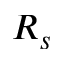
R _ { s }